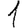
Digit: 1